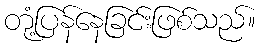
တုံ့ပြန်နေခြင်းဖြစ်သည်။